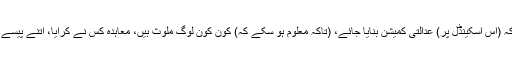
’’میں چاہتا ہوں کہ (اس اسکینڈل پر) عدالتی کمیشن بنایا جائے، (تاکہ معلوم ہو سکے کہ) کون کون لوگ ملوث ہیں، معاہدہ کس نے کرایا، اتنے پیسے کس نے کمائے۔